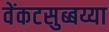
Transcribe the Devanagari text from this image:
वेंकटसुब्बय्या